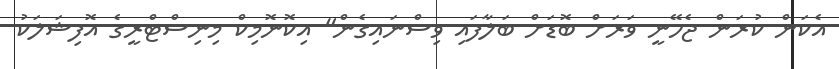
އެކަން ކުރަން ޖެހޭނީ ވަރަށް ބޮޑަށް ބަލާފައި ވިސްނައިގެން" އިކޮނޮމިކް މިނިސްޓްރީގެ އޮފިޝަލަކު